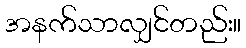
အနက်သာလျှင်တည်း။